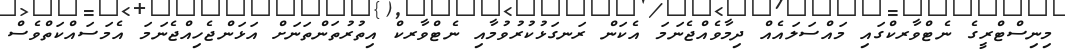
މިނިސްޓްރީގެ ނެޓްވާރކްގައި މައްސަލައެއް ދިމާވެއްޖެނަމަ އެކަން ރަނގަޅުކުރުވުމާއި ނެޓްވާރކް އިތުރުތަންތަނަށް އަޅަންޖެހިއްޖެނަމަ އެމަސައްކަތްވެސް